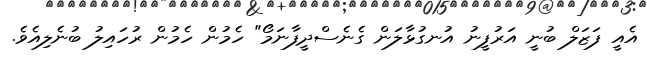
އެއީ ފަޒަލް ބުނީ އަރުފީނު އުނގުޅާލަން ގެނެސްދީފާނަމޯ" ހެމުން ހެމުން ރުހައިލު ބުނެލިއެވެ.